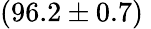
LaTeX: (96.2\pm 0.7)\